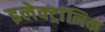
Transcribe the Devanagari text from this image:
इलेक्ट्रांनिक